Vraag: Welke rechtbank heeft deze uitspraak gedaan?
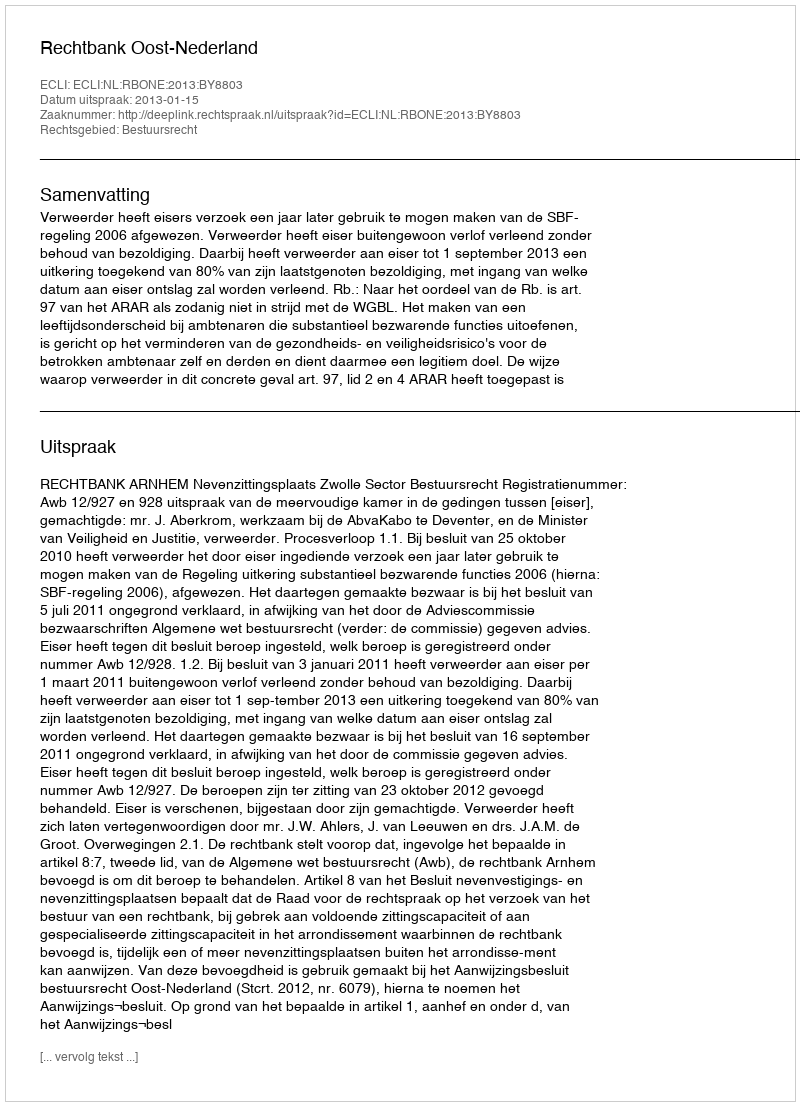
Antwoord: Rechtbank Oost-Nederland